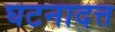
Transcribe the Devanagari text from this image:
घटनादत्त